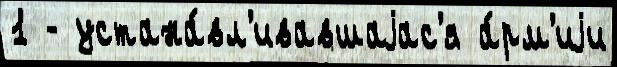
1 - устана́вл'ивавшаjас'я а́рм'иjи